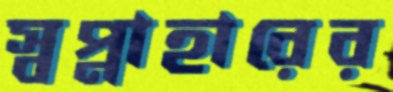
স্বপ্নাহারের